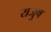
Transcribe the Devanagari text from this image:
यजुष